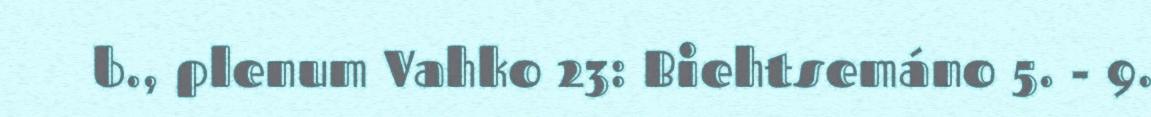
b., plenum Vahko 23: Biehtsemáno 5. - 9.